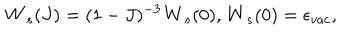
{ \bf W } _ { s } ( J ) = ( 1 - J ) ^ { - 3 } { \bf W } _ { s } ( 0 ) , { \bf W } _ { s } ( 0 ) = \epsilon _ { v a c } ,